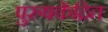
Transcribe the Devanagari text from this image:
पुरुषकेंद्रित